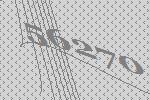
56270